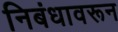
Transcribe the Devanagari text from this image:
निबंधावरून